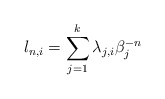
\begin{align*}l_{n,i}=\sum_{j=1}^k \lambda_{j,i} \beta_j^{-n}\end{align*}